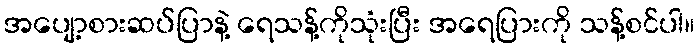
အပျော့စားဆပ်ပြာနဲ့ ရေသန့်ကိုသုံးပြီး အရေပြားကို သန့်စင်ပါ။